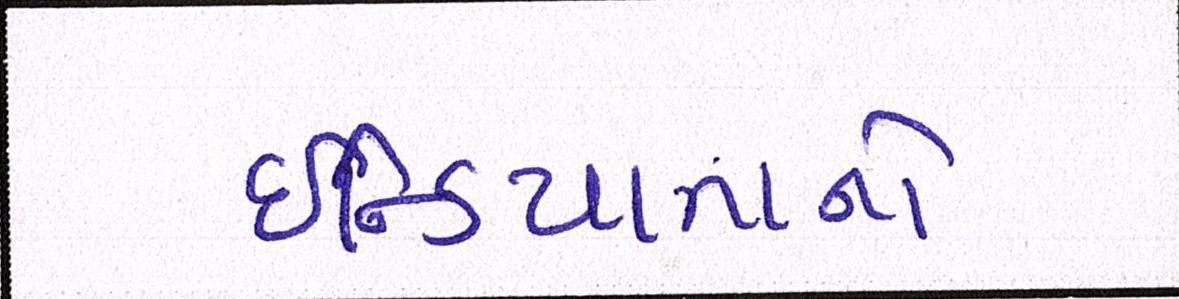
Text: ઇન્ડિયાનાનો